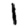
Digit: 1